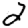
Digit: 2